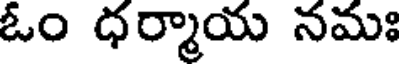
ఓం ధర్మాయ నమః